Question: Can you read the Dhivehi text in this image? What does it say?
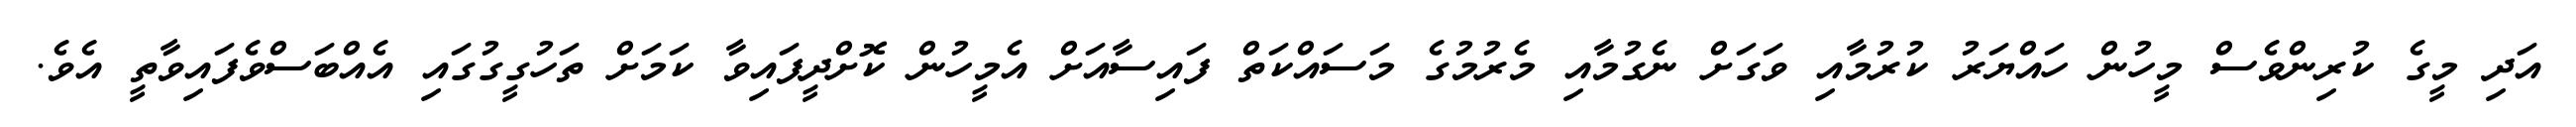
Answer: އަދި މީގެ ކުރިންވެސް މީހުން ހައްޔަރު ކުރުމާއި ވަގަށް ނެގުމާއި މެރުމުގެ މަސައްކަތް ފައިސާއަށް އެމީހުން ކޮށްދީފައިވާ ކަމަށް ތަހުގީގުގައި އެއްބަސްވެފައިވާތީ އެވެ.